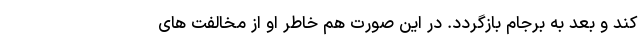
کند و بعد به برجام بازگردد. در این صورت هم خاطر او از مخالفت های